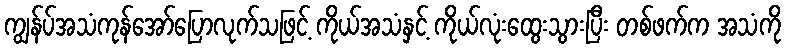
ကျွန်ပ်အသံကုန်အော်ပြောလုက်သဖြင့် ကိုယ်အသံနှင့် ကိုယ်လုံးထွေးသွားပြီး တစ်ဖက်က အသံကို